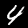
Digit: 4